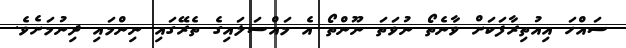
ސައްހަ އިއުތިރާފަކަށް ވާނެތޯ ނުވަތަ ނޫންތޯ އެ މައްސަލައިގެ ތެރޭގައި ނިންމައި ދިނުމަށެވެ.